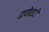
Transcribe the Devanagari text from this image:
डायोडाटी